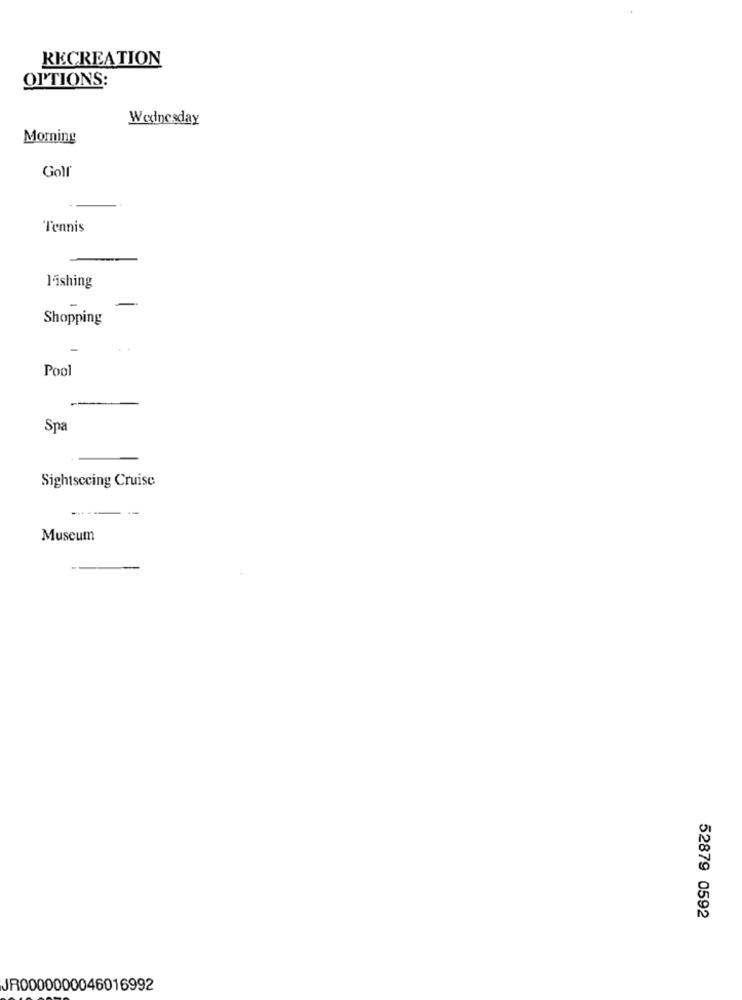
RECREATION
OPTIONS:
Wednesday
Morning
Golf
Tennis
l'ishing
-
Shopping
Pool
--
Spa
Sightseeing Cruise
Museum
52879 0592
JR0000000046016992